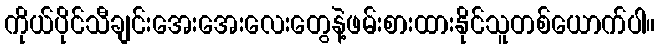
ကိုယ်ပိုင်သီချင်းအေးအေးလေးတွေနဲ့ဖမ်းစားထားနိုင်သူတစ်ယောက်ပါ။